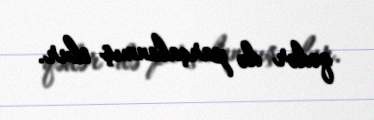
qədər də parçalanmış olur.